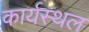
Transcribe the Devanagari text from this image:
कार्यस्‍थल